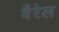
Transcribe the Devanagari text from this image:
वैरेल